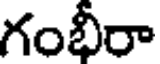
గంభీరా